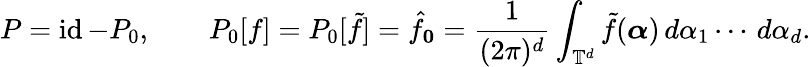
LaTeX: P=\operatorname{id}-P_{0},\qquad P_{0}[f]=P_{0}[\tilde{f}]=\hat{f}_{\boldsymbol{0}}=\frac{1}{(2\pi)^{d}}\int_{\mathbb{T}^{d}}\tilde{f}(\boldsymbol{\alpha})\, d\alpha_{1}\cdots\, d\alpha_{d}.